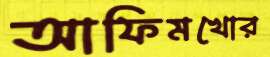
আফিমখোর